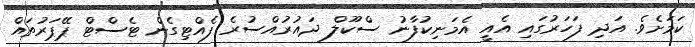
ކަމަށެވެ. އަދި ފަހަރުގައި އެއީ އެމަނިކުފާނު ސްކޫލް ދައުރުއްސުރެ ފެއްޓިގެން ޓެސްޓް ޕޭޕަރުތައް